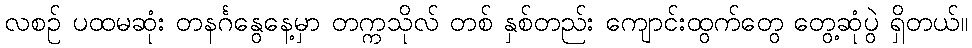
လစဉ် ပထမဆုံး တနင်္ဂနွေနေ့မှာ တက္ကသိုလ် တစ် နှစ်တည်း ကျောင်းထွက်တွေ တွေ့ဆုံပွဲ ရှိတယ်။